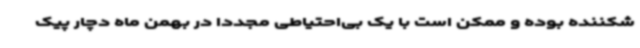
شکننده بوده و ممکن است با یک بی‌احتیاطی مجددا در بهمن ماه دچار پیک